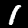
Digit: 1